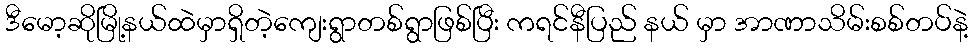
ဒီမော့ဆိုမြို့နယ်ထဲမှာရှိတဲ့ကျေးရွာတစ်ရွာဖြစ်ပြီး ကရင်နီပြည် နယ် မှာ အာဏာသိမ်းစစ်တပ်နဲ့